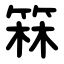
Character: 箖